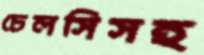
চেলসিসহ